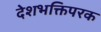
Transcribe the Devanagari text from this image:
देशभक्तिपरक